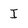
Character: I